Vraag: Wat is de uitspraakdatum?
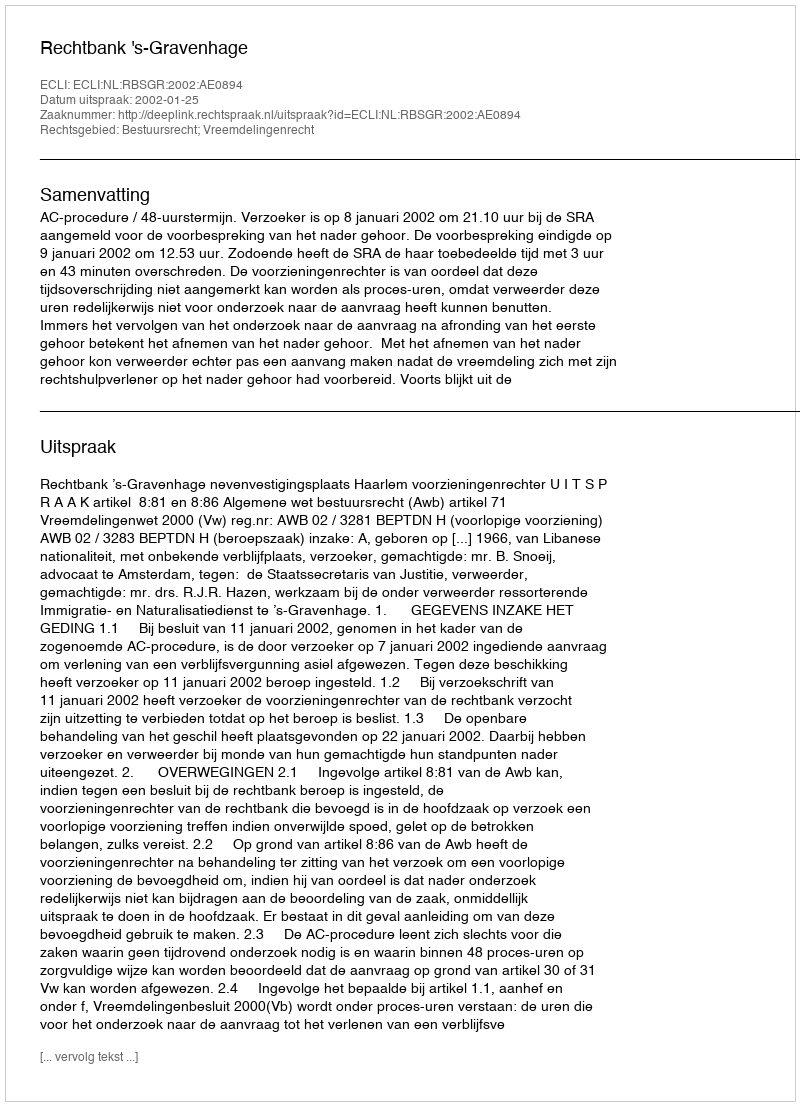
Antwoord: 2002-01-25